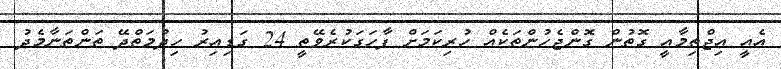
އެއީ އިޖްތިމާއީ ގޮތުން ގޮންޖެހުންތަކެއް ހުރިކަމަށް ފާހަގަކުރެވޭތީ 24 ގަޑިއިރު ހިދުމަތްދޭ ތަންތަނާމެދު